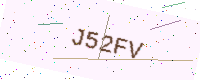
Text: J52FV